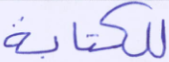
للكتابة